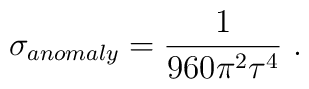
\sigma_{anomaly} = {1\over 960 \pi^2 \tau^4}\ .